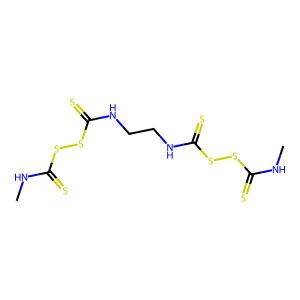
SMILES: CNC(=S)SSC(=S)NCCNC(=S)SSC(=S)NC
Inhibits HIV replication: No